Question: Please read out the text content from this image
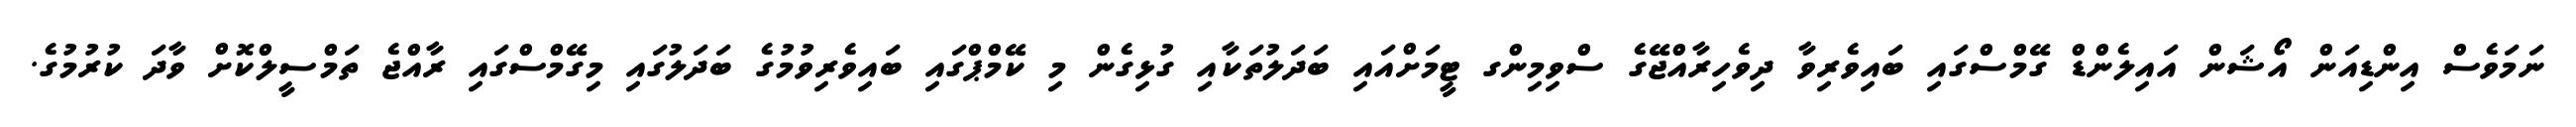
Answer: ނަމަވެސް އިންޑިއަން އޯޝަން އައިލެންޑް ގޭމްސްގައި ބައިވެރިވާ ދިވެހިރާއްޖޭގެ ސްވިމިންގ ޓީމަށްއައި ބަދަލުތަކާއި ގުޅިގެން މި ކޭމްޕްގައި ބައިވެރިވުމުގެ ބަދަލުގައި މިގޭމްސްގައި ރާއްޖެ ތަމްސީލްކޮށް ވާދަ ކުރުމުގެ.